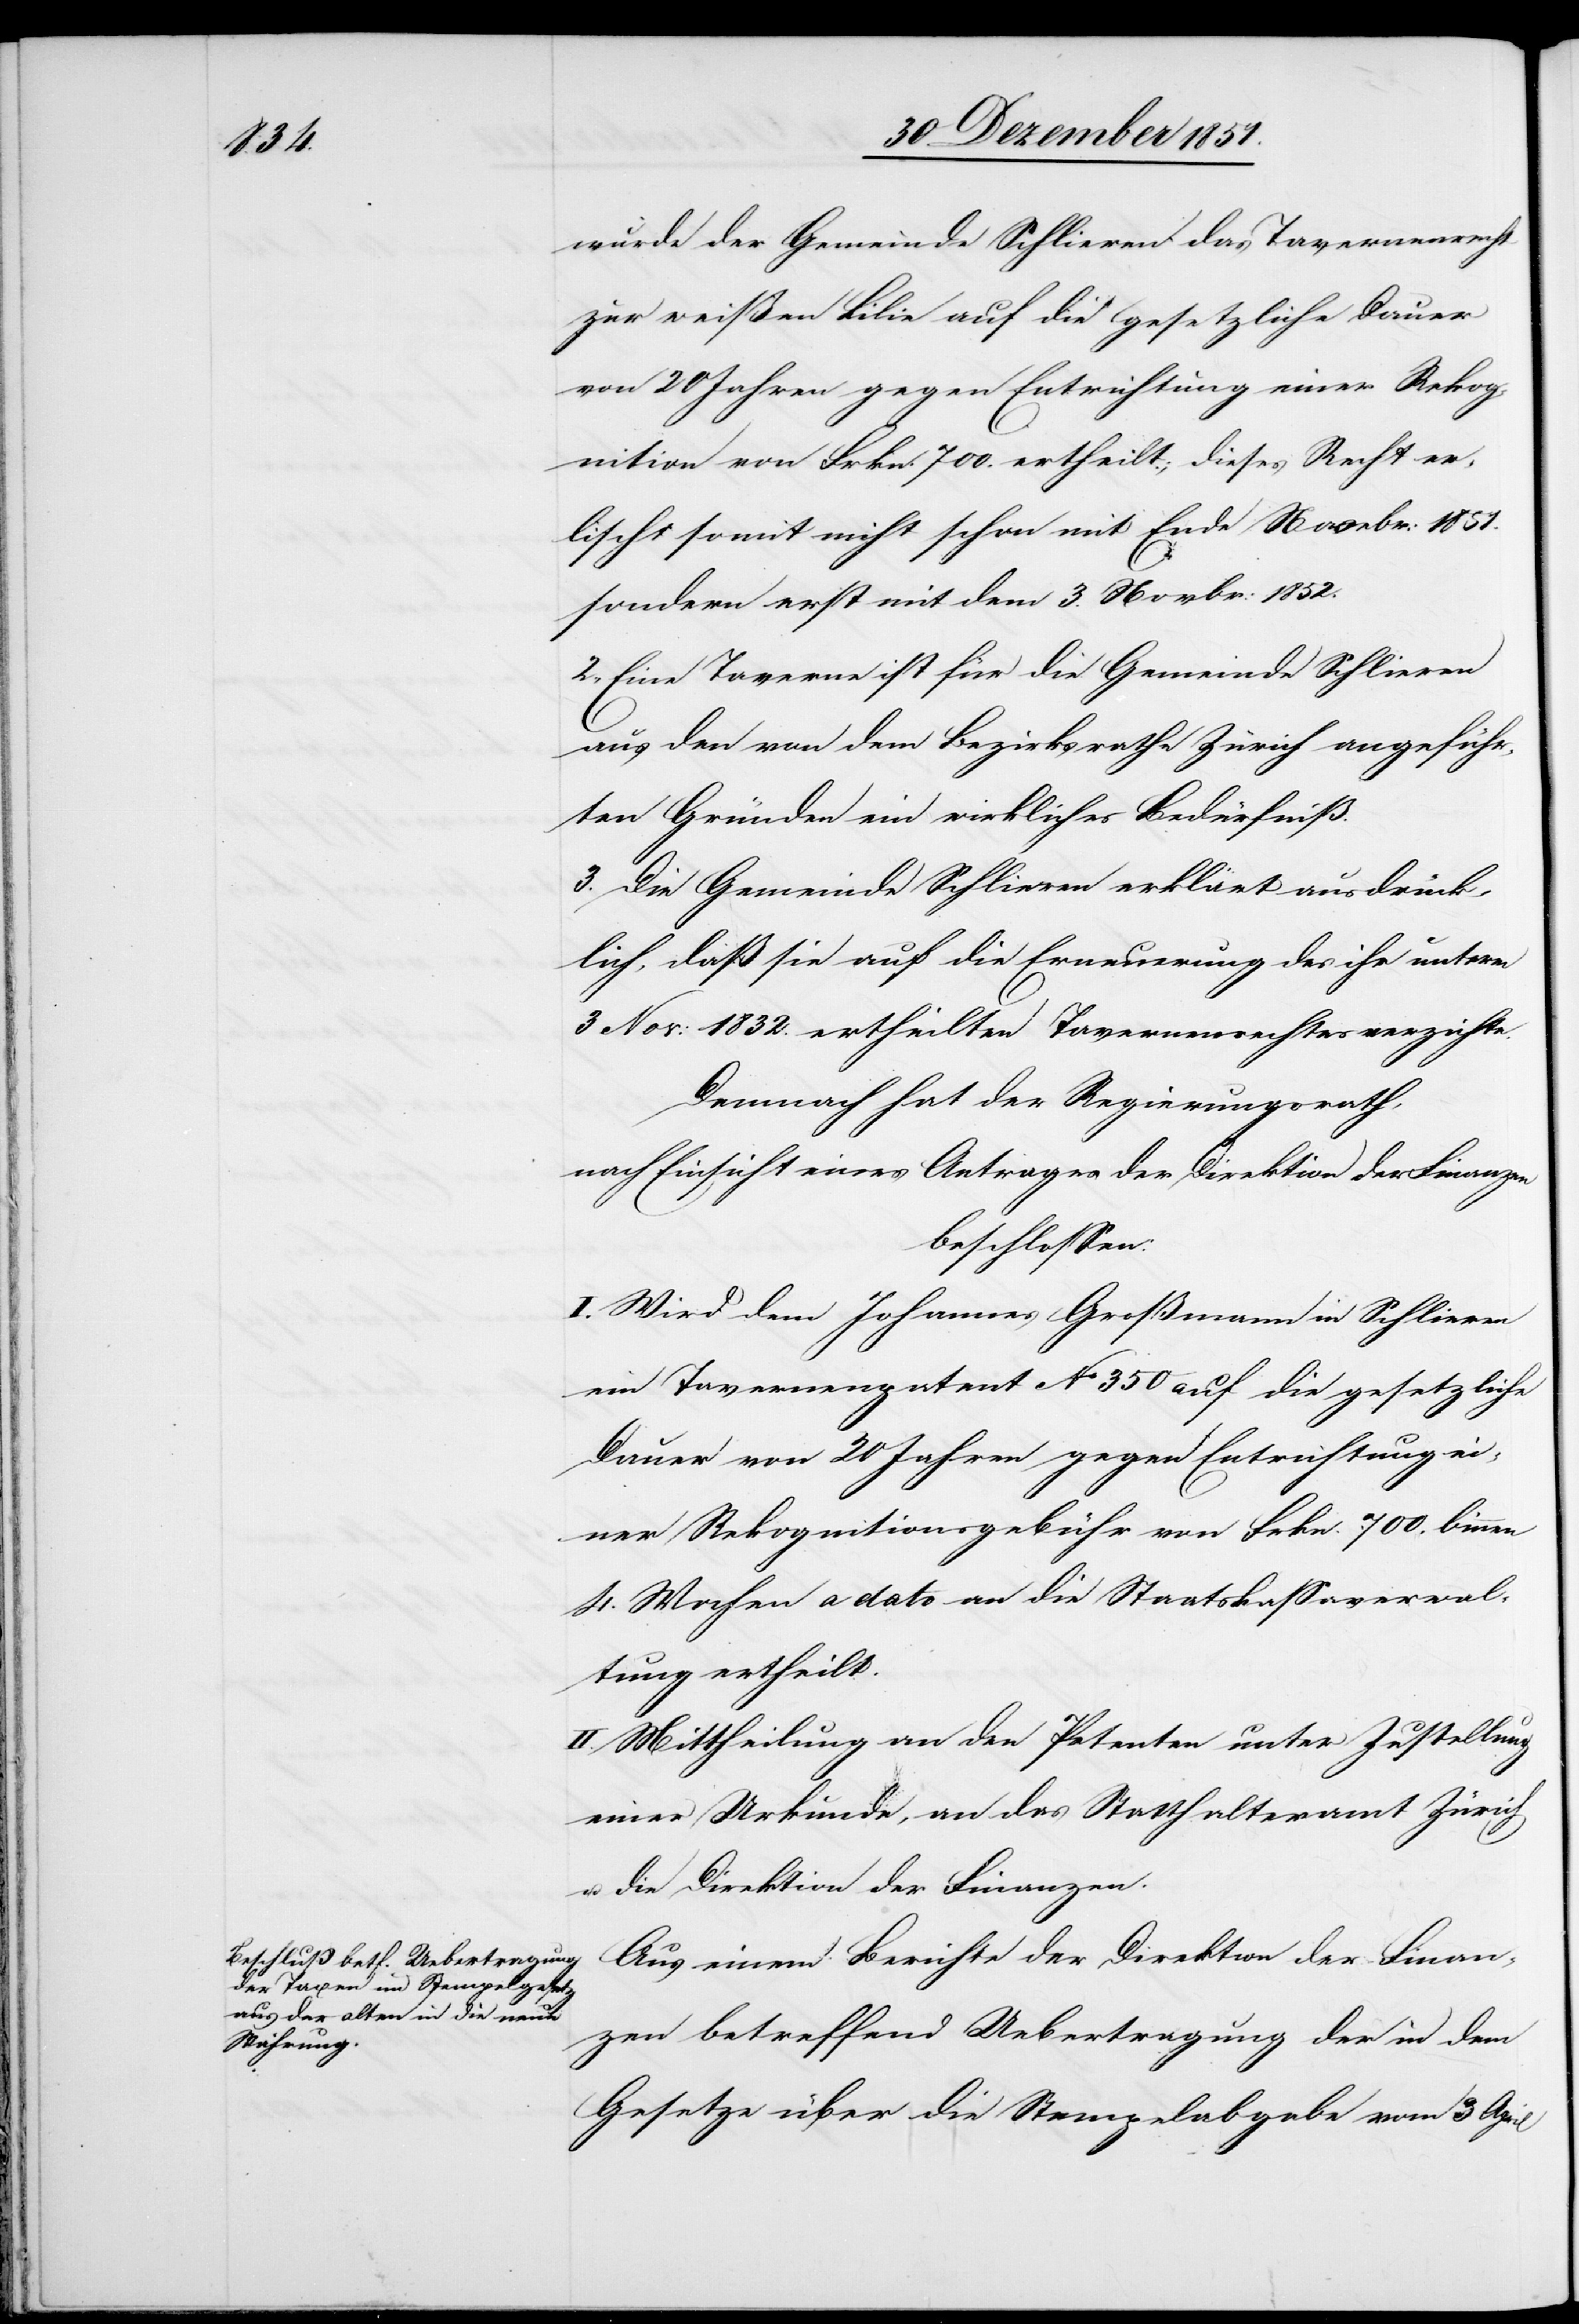
wurde der Gemeinde Schlieren das Tavernenrecht
zur weißen Lilie auf die gesetzliche Dauer
von 20 Jahren gegen Entrichtung einer Rekog¬
nition von Frkn. 700. ertheilt; dieses Recht er¬
lischt somit nicht schon mit Ende Novebr: 1851.
sondern erst mit dem 3. Novbr: 1852.
2., Eine Taverne ist für die Gemeinde Schlieren
aus den von dem Bezirksrathe Zürich angeführ¬
ten Gründen ein wirkliches Bedürfniß.
3. Die Gemeinde Schlieren erklärt ausdrück¬
lich, daß sie auf die Erneuerung des ihr unterm
3 Nov: 1832. ertheilten Tavernenrechtes verzichte.
Demnach hat der Regierungsrath,
nach Einsicht eines Antrages der Direktion der Finanzen
beschlossen:
I. Wird dem Johannes Großmann in Schlieren
ein Tavernenpatent No 350 auf die gesetzliche
Dauer von 20 Jahren gegen Entrichtung ei¬
ner Rekognitionsgebühr von Frkn. 700. binnen
4. Wochen a dato an die Staatskassaverwal¬
tung ertheilt.
II. Mittheilung an den Petenten unter Zustellung
einer Urkunde, an das Statthalteramt Zürich
u. die Direktion der Finanzen.
Aus einem Berichte der Direktion der Finan¬
zen betreffend Uebertragung der in dem
Gesetze über die Stempelabgabe vom 3 April